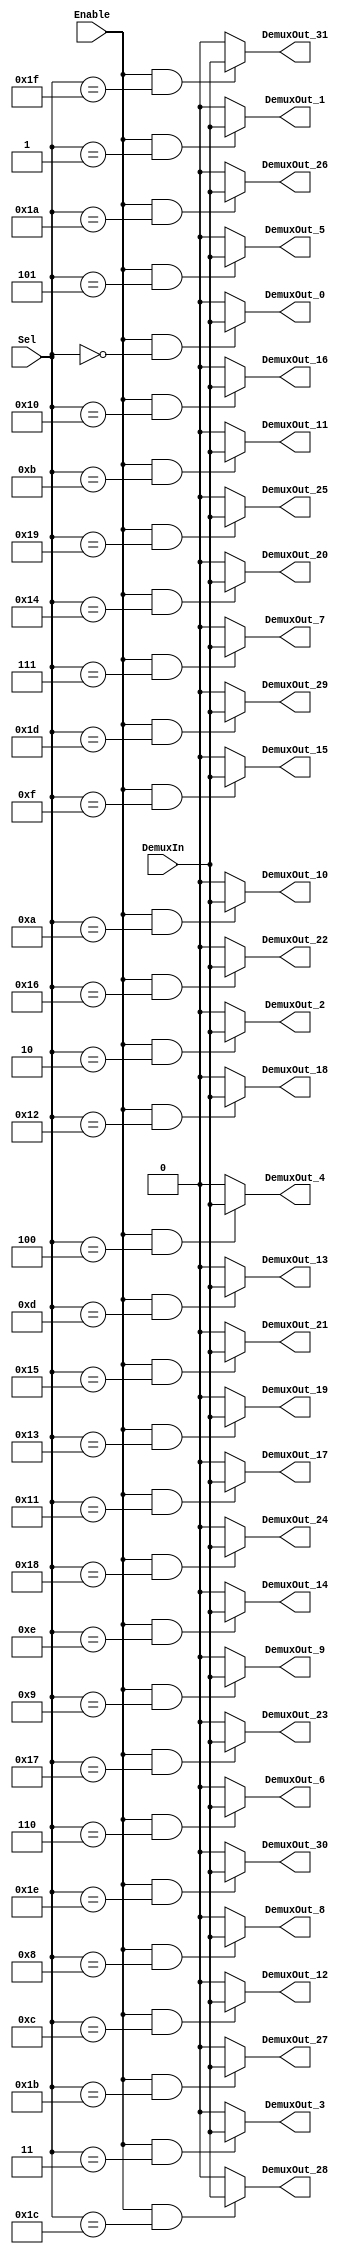
/******************************************************************************
 ** Logisim goes FPGA automatic generated Verilog code                       **
 **                                                                          **
 ** Component : Demultiplexer_32                                             **
 **                                                                          **
 ******************************************************************************/

`timescale 1ns/1ps
module Demultiplexer_32( DemuxIn,
                         Enable,
                         Sel,
                         DemuxOut_0,
                         DemuxOut_1,
                         DemuxOut_10,
                         DemuxOut_11,
                         DemuxOut_12,
                         DemuxOut_13,
                         DemuxOut_14,
                         DemuxOut_15,
                         DemuxOut_16,
                         DemuxOut_17,
                         DemuxOut_18,
                         DemuxOut_19,
                         DemuxOut_2,
                         DemuxOut_20,
                         DemuxOut_21,
                         DemuxOut_22,
                         DemuxOut_23,
                         DemuxOut_24,
                         DemuxOut_25,
                         DemuxOut_26,
                         DemuxOut_27,
                         DemuxOut_28,
                         DemuxOut_29,
                         DemuxOut_3,
                         DemuxOut_30,
                         DemuxOut_31,
                         DemuxOut_4,
                         DemuxOut_5,
                         DemuxOut_6,
                         DemuxOut_7,
                         DemuxOut_8,
                         DemuxOut_9);

   /***************************************************************************
    ** Here the inputs are defined                                           **
    ***************************************************************************/
   input  DemuxIn;
   input  Enable;
   input[4:0]  Sel;

   /***************************************************************************
    ** Here the outputs are defined                                          **
    ***************************************************************************/
   output DemuxOut_0;
   output DemuxOut_1;
   output DemuxOut_10;
   output DemuxOut_11;
   output DemuxOut_12;
   output DemuxOut_13;
   output DemuxOut_14;
   output DemuxOut_15;
   output DemuxOut_16;
   output DemuxOut_17;
   output DemuxOut_18;
   output DemuxOut_19;
   output DemuxOut_2;
   output DemuxOut_20;
   output DemuxOut_21;
   output DemuxOut_22;
   output DemuxOut_23;
   output DemuxOut_24;
   output DemuxOut_25;
   output DemuxOut_26;
   output DemuxOut_27;
   output DemuxOut_28;
   output DemuxOut_29;
   output DemuxOut_3;
   output DemuxOut_30;
   output DemuxOut_31;
   output DemuxOut_4;
   output DemuxOut_5;
   output DemuxOut_6;
   output DemuxOut_7;
   output DemuxOut_8;
   output DemuxOut_9;
   assign DemuxOut_0   = (Enable&(Sel == 5'b00000 )) ? DemuxIn : 0;
   assign DemuxOut_1   = (Enable&(Sel == 5'b00001 )) ? DemuxIn : 0;
   assign DemuxOut_2   = (Enable&(Sel == 5'b00010 )) ? DemuxIn : 0;
   assign DemuxOut_3   = (Enable&(Sel == 5'b00011 )) ? DemuxIn : 0;
   assign DemuxOut_4   = (Enable&(Sel == 5'b00100 )) ? DemuxIn : 0;
   assign DemuxOut_5   = (Enable&(Sel == 5'b00101 )) ? DemuxIn : 0;
   assign DemuxOut_6   = (Enable&(Sel == 5'b00110 )) ? DemuxIn : 0;
   assign DemuxOut_7   = (Enable&(Sel == 5'b00111 )) ? DemuxIn : 0;
   assign DemuxOut_8   = (Enable&(Sel == 5'b01000 )) ? DemuxIn : 0;
   assign DemuxOut_9   = (Enable&(Sel == 5'b01001 )) ? DemuxIn : 0;
   assign DemuxOut_10  = (Enable&(Sel == 5'b01010 )) ? DemuxIn : 0;
   assign DemuxOut_11  = (Enable&(Sel == 5'b01011 )) ? DemuxIn : 0;
   assign DemuxOut_12  = (Enable&(Sel == 5'b01100 )) ? DemuxIn : 0;
   assign DemuxOut_13  = (Enable&(Sel == 5'b01101 )) ? DemuxIn : 0;
   assign DemuxOut_14  = (Enable&(Sel == 5'b01110 )) ? DemuxIn : 0;
   assign DemuxOut_15  = (Enable&(Sel == 5'b01111 )) ? DemuxIn : 0;
   assign DemuxOut_16  = (Enable&(Sel == 5'b10000 )) ? DemuxIn : 0;
   assign DemuxOut_17  = (Enable&(Sel == 5'b10001 )) ? DemuxIn : 0;
   assign DemuxOut_18  = (Enable&(Sel == 5'b10010 )) ? DemuxIn : 0;
   assign DemuxOut_19  = (Enable&(Sel == 5'b10011 )) ? DemuxIn : 0;
   assign DemuxOut_20  = (Enable&(Sel == 5'b10100 )) ? DemuxIn : 0;
   assign DemuxOut_21  = (Enable&(Sel == 5'b10101 )) ? DemuxIn : 0;
   assign DemuxOut_22  = (Enable&(Sel == 5'b10110 )) ? DemuxIn : 0;
   assign DemuxOut_23  = (Enable&(Sel == 5'b10111 )) ? DemuxIn : 0;
   assign DemuxOut_24  = (Enable&(Sel == 5'b11000 )) ? DemuxIn : 0;
   assign DemuxOut_25  = (Enable&(Sel == 5'b11001 )) ? DemuxIn : 0;
   assign DemuxOut_26  = (Enable&(Sel == 5'b11010 )) ? DemuxIn : 0;
   assign DemuxOut_27  = (Enable&(Sel == 5'b11011 )) ? DemuxIn : 0;
   assign DemuxOut_28  = (Enable&(Sel == 5'b11100 )) ? DemuxIn : 0;
   assign DemuxOut_29  = (Enable&(Sel == 5'b11101 )) ? DemuxIn : 0;
   assign DemuxOut_30  = (Enable&(Sel == 5'b11110 )) ? DemuxIn : 0;
   assign DemuxOut_31  = (Enable&(Sel == 5'b11111 )) ? DemuxIn : 0;

endmodule